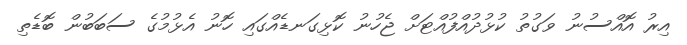
އިރު އޮއްސުނު ވަގުތު ކުޅުދުއްފުއްޓަށް ޖެހުނު ކޮޅިގަނޑެއްގައި ހޮނު އެޅުމުގެ ސަބަބުން ބޮޑެތި